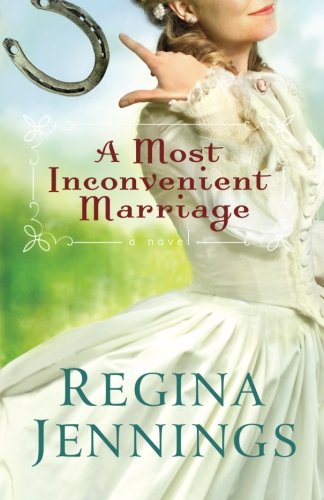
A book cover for A Most Inconvenient Marriage; Regina Jennings; Romance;